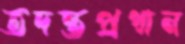
তদন্তপ্রধান